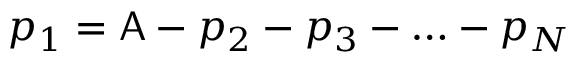
p _ { 1 } = \mathsf { A } - p _ { 2 } - p _ { 3 } - \hdots - p _ { N }